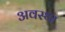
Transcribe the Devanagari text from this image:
अवस्‍था